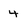
Character: 4